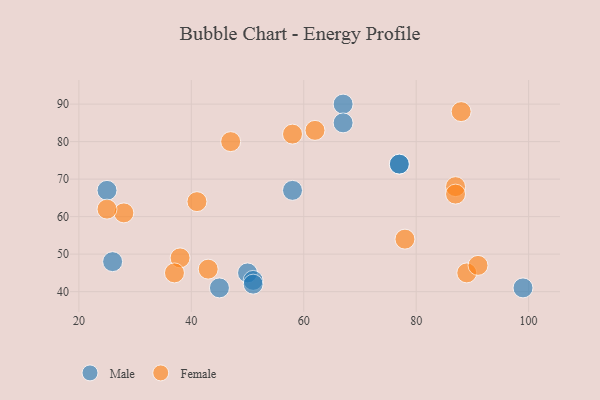
{"axis": {"x": "GDP", "y": "Life Expectancy"}, "legend": ["Female", "Male"], "data": [{"x": "50", "y": 45, "type": "Male"}, {"x": "67", "y": 90, "type": "Male"}, {"x": "58", "y": 67, "type": "Male"}, {"x": "51", "y": 43, "type": "Male"}, {"x": "67", "y": 85, "type": "Male"}, {"x": "77", "y": 74, "type": "Male"}, {"x": "45", "y": 41, "type": "Male"}, {"x": "51", "y": 42, "type": "Male"}, {"x": "26", "y": 48, "type": "Male"}, {"x": "99", "y": 41, "type": "Male"}, {"x": "25", "y": 67, "type": "Male"}, {"x": "77", "y": 74, "type": "Male"}, {"x": "87", "y": 68, "type": "Female"}, {"x": "87", "y": 66, "type": "Female"}, {"x": "89", "y": 45, "type": "Female"}, {"x": "38", "y": 49, "type": "Female"}, {"x": "58", "y": 82, "type": "Female"}, {"x": "78", "y": 54, "type": "Female"}, {"x": "28", "y": 61, "type": "Female"}, {"x": "62", "y": 83, "type": "Female"}, {"x": "91", "y": 47, "type": "Female"}, {"x": "88", "y": 88, "type": "Female"}, {"x": "43", "y": 46, "type": "Female"}, {"x": "37", "y": 45, "type": "Female"}, {"x": "47", "y": 80, "type": "Female"}, {"x": "25", "y": 62, "type": "Female"}, {"x": "41", "y": 64, "type": "Female"}]}